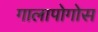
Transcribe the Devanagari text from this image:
गालापोगोस